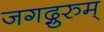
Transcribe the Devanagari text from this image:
जगद्गुरुम्